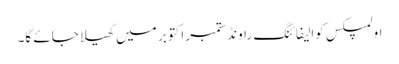
اولمپکس کوالیفائنگ راونڈ ستمبر اکتوبر میں کھیلا جائے گا۔